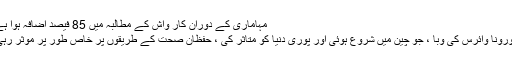
مہاماری کے دوران کار واش کے مطالبہ میں 85 فیصد اضافہ ہوا ہے
کورونا وائرس کی وبا ، جو چین میں شروع ہوئی اور پوری دنیا کو متاثر کی ، حفظان صحت کے طریقوں پر خاص طور پر موثر رہی۔